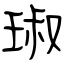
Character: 琡